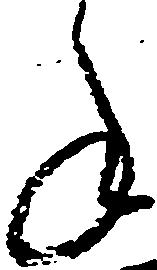
年